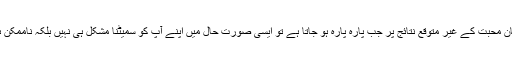
لیکن انسان محبت کے غیر متوقع نتائج پر جب پارہ پارہ ہو جاتا ہے تو ایسی صورت حال میں اپنے آپ کو سمیٹنا مشکل ہی نہیں بلکہ ناممکن ہوتا ہے ۔